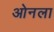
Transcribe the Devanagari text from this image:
ओनला